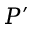
P ^ { \prime }